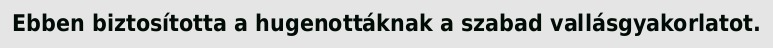
Ebben biztosította a hugenottáknak a szabad vallásgyakorlatot.